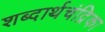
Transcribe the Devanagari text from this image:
शब्दार्थचंद्रिका